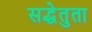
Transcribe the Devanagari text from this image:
सद्धेतुता